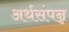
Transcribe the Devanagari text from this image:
अर्थसंपन्न